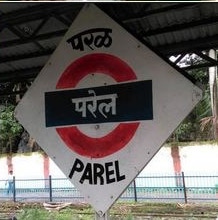
Language: marathi
Transcription: परळ परेल